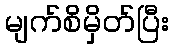
မျက်စိမှိတ်ပြီး